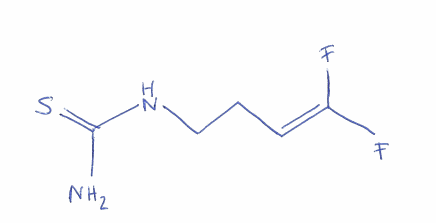
Simplified molecular-input line-entry system (SMILES) notation of the given molecule:
C(CNC(=S)N)C=C(F)F